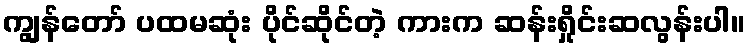
ကျွန်တော် ပထမဆုံး ပိုင်ဆိုင်တဲ့ ကားက ဆန်းရှိုင်းဆလွန်းပါ။